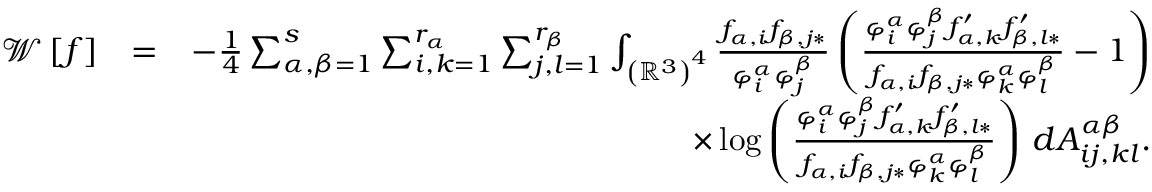
\begin{array} { r l r } { \mathcal { W } \left[ f \right] } & { = } & { - \frac { 1 } { 4 } \sum _ { \alpha , \beta = 1 } ^ { s } \sum _ { i , k = 1 } ^ { r _ { \alpha } } \sum _ { j , l = 1 } ^ { r _ { \beta } } \int _ { \left( \mathbb { R } ^ { 3 } \right) ^ { 4 } } \frac { f _ { \alpha , i } f _ { \beta , j \ast } } { \varphi _ { i } ^ { \alpha } \varphi _ { j } ^ { \beta } } \left( \frac { \varphi _ { i } ^ { \alpha } \varphi _ { j } ^ { \beta } f _ { \alpha , k } ^ { \prime } f _ { \beta , l \ast } ^ { \prime } } { f _ { \alpha , i } f _ { \beta , j \ast } \varphi _ { k } ^ { \alpha } \varphi _ { l } ^ { \beta } } - 1 \right) } \\ & { } & { \times \log \left( \frac { \varphi _ { i } ^ { \alpha } \varphi _ { j } ^ { \beta } f _ { \alpha , k } ^ { \prime } f _ { \beta , l \ast } ^ { \prime } } { f _ { \alpha , i } f _ { \beta , j \ast } \varphi _ { k } ^ { \alpha } \varphi _ { l } ^ { \beta } } \right) \, d A _ { i j , k l } ^ { \alpha \beta } \mathrm { . } } \end{array}